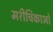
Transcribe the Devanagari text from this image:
मरीचिकाओं